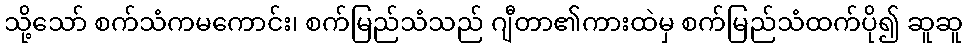
သို့သော် စက်သံကမကောင်း၊ စက်မြည်သံသည် ဂျီတာ၏ကားထဲမှ စက်မြည်သံထက်ပို၍ ဆူဆူ